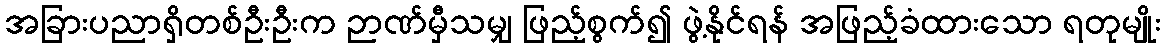
အခြားပညာရှိတစ်ဦးဦးက ဉာဏ်မှီသမျှ ဖြည့်စွက်၍ ဖွဲ့နိုင်ရန် အဖြည့်ခံထားသော ရတုမျိုး